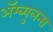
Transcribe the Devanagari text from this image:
ॲम्ब्युलन्स